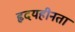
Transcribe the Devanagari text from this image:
हृदयहीनता